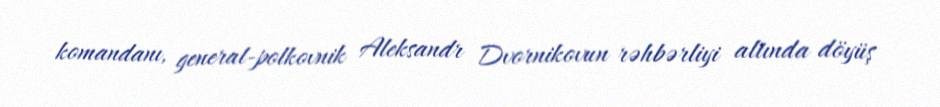
komandanı, general-polkovnik Aleksandr Dvornikovun rəhbərliyi altında döyüş